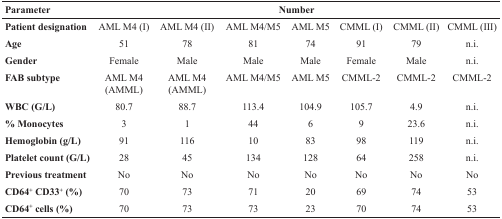
<table><thead><tr><td><b>Parameter</b></td><td colspan="7"><b>Number</b></td></tr></thead><tbody><tr><td><b>Patient designation</b></td><td>AML M4 (I)</td><td>AML M4 (II)</td><td>AML M4/M5</td><td>AML M5</td><td>CMML (I)</td><td>CMML (II)</td><td>CMML (III)</td></tr><tr><td><b>Age</b></td><td>51</td><td>78</td><td>81</td><td>74</td><td>91</td><td>79</td><td>n.i.</td></tr><tr><td><b>Gender</b></td><td>Female</td><td>Male</td><td>Male</td><td>Male</td><td>Female</td><td>Male</td><td>n.i.</td></tr><tr><td><b>FAB subtype</b></td><td>AML M4 (AMML)</td><td>AML M4 (AMML)</td><td>AML M4/M5</td><td>AML M5</td><td>CMML-2</td><td>CMML-2</td><td>CMML-2</td></tr><tr><td><b>WBC (G/L)</b></td><td>80.7</td><td>88.7</td><td>113.4</td><td>104.9</td><td>105.7</td><td>4.9</td><td>n.i.</td></tr><tr><td><b>% Monocytes</b></td><td>3</td><td>1</td><td>44</td><td>6</td><td>9</td><td>23.6</td><td>n.i.</td></tr><tr><td><b>Hemoglobin (g/L)</b></td><td>91</td><td>116</td><td>10</td><td>83</td><td>98</td><td>119</td><td>n.i.</td></tr><tr><td><b>Platelet count (G/L)</b></td><td>28</td><td>45</td><td>134</td><td>128</td><td>64</td><td>258</td><td>n.i.</td></tr><tr><td><b>Previous treatment</b></td><td>No</td><td>No</td><td>No</td><td>No</td><td>No</td><td>No</td><td>No</td></tr><tr><td><b>CD64<sup>+</sup> CD33<sup>+</sup> (%)</b></td><td>70</td><td>73</td><td>71</td><td>20</td><td>69</td><td>74</td><td>53</td></tr><tr><td><b>CD64<sup>+</sup> cells (%)</b></td><td>70</td><td>73</td><td>73</td><td>23</td><td>70</td><td>74</td><td>53</td></tr></tbody></table>